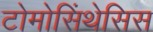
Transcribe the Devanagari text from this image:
टोमोसिंथेसिस